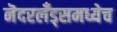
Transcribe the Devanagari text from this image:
नॆदरलँड्समध्येच